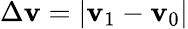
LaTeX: \Delta{\mathbf{v}}=|\mathbf{v}_{1}-\mathbf{v}_{0}|